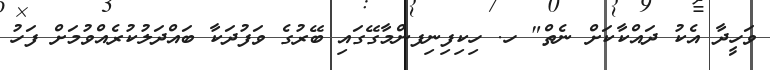
ވަހީދާ އެކު ދައްކާކަށް ނެތް" ހ. ހިކިފިނިފންމާގޭގައި ބޭރުގެ ވަފުދަކާ ބައްދަލުކުރެއްވުމަށް ފަހު